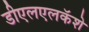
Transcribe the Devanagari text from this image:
डीएलएलकॅशे